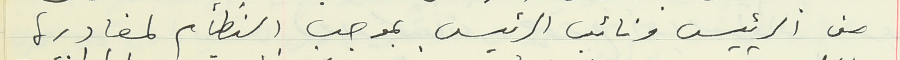
من الرئيس ونائب الرئيس بموجب النظام لمغادرة